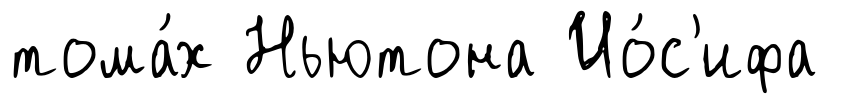
тома́х Ньютона Ио́с'ифа